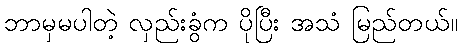
ဘာမှမပါတဲ့ လှည်းခွံက ပိုပြီး အသံ မြည်တယ်။